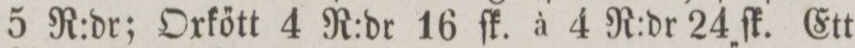
5 R:dr; Oxkőtt 4 R:dr 16 ſk. à 4 R:dr 24 ſk. Ett